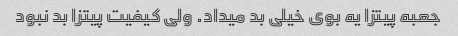
جعبه پیتزا یه بوى خیلى بد میداد. ولى کیفیت پیتزا بد نبود